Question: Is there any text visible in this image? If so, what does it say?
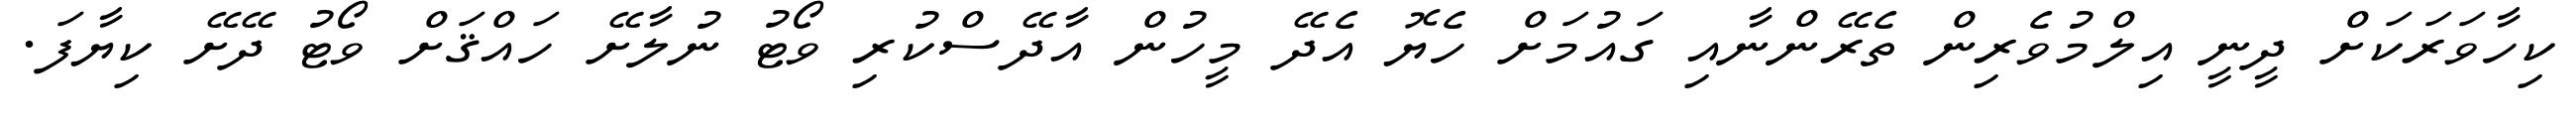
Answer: ކިހާވަރަކަށް ދީނީ އިލްމުވެރިން ތެރޭންނާއި ގައުމަށް ހެޔޮ އެދޭ މީހުން އާދޭސްކުރި ވޯޓު ނުލާށޭ ހައްޤަށް ވޯޓު ދޭށޭ ކިޔާފަ.